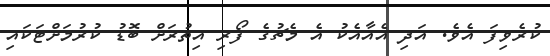
ކުރެވިފަ އެވެ. އަދި އެއާއެކު އެ މެޗުގެ ފޯރި އިތުރަށް ބޮޑު ކުރުމަށްޓަކައި